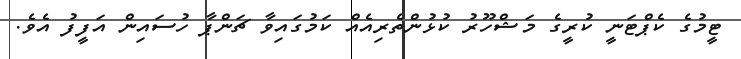
ޓީމުގެ ކެޕްޓަނީ ކުރީގެ މަޝްހޫރު ކުޅުންތެރިއެއް ކަމުގައިވާ ޗަންޕާ ހުސައިން އަފީފު އެވެ.